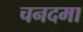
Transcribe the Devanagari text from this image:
चनदमा